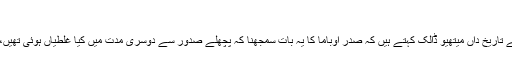
‘‘
یونیورسٹی آف کیلے فورنیا کے تاریخ داں میتھیو ڈالک کہتے ہیں کہ صدر اوباما کا یہ بات سمجھنا کہ پچھلے صدور سے دوسری مدت میں کیا غلطیاں ہوئی تھیں، ان کی دانشمندی کی دلیل ہے۔